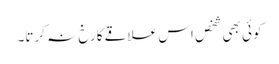
کوئی بھی شخص اس علاقے کا رخ نہ کرتا۔